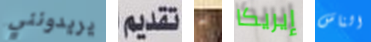
يريدونني تقديم به إيريكا الناس